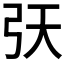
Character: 𢎾